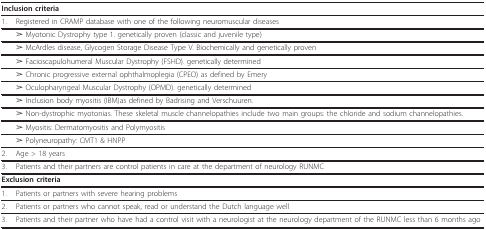
<table><thead><tr><td colspan="2"><b>Inclusion criteria</b></td></tr></thead><tbody><tr><td>1.</td><td>Registered in CRAMP database with one of the following neuromuscular diseases</td></tr><tr><td></td><td>➢ Myotonic Dystrophy type 1. genetically proven (classic and juvenile type)</td></tr><tr><td></td><td>➢ McArdles disease, Glycogen Storage Disease Type V. Biochemically and genetically proven</td></tr><tr><td></td><td>➢ Facioscapulohumeral Muscular Dystrophy (FSHD). genetically determined</td></tr><tr><td></td><td>➢ Chronic progressive external ophthalmoplegia (CPEO) as defined by Emery</td></tr><tr><td></td><td>➢ Oculopharyngeal Muscular Dystrophy (OPMD). genetically determined</td></tr><tr><td></td><td>➢ Inclusion body myositis (IBM)as defined by Badrising and Verschuuren.</td></tr><tr><td></td><td>➢ Non-dystrophic myotonias. These skeletal muscle channelopathies include two main groups: the chloride and sodium channelopathies.</td></tr><tr><td></td><td>➢ Myositis: Dermatomyositis and Polymyositis</td></tr><tr><td></td><td>➢ Polyneuropathy: CMT1 &amp; HNPP</td></tr><tr><td>2.</td><td>Age &gt; 18 years</td></tr><tr><td>3.</td><td>Patients and their partners are control patients in care at the department of neurology RUNMC</td></tr><tr><td colspan="2"><b>Exclusion criteria</b></td></tr><tr><td>1.</td><td>Patients or partners with severe hearing problems</td></tr><tr><td>2.</td><td>Patients or partners who cannot speak, read or understand the Dutch language well</td></tr><tr><td>3.</td><td>Patients and their partner who have had a control visit with a neurologist at the neurology department of the RUNMC less than 6 months ago</td></tr></tbody></table>